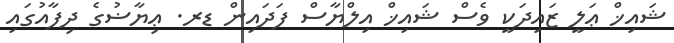
ޝައިޚް ޢަލީ ޒައިދަކީ ވެސް ޝައިޚް އިލްޔާސް ފަދައިން ޑރ. ޢިޔާޟުގެ ދިފާއުގައި